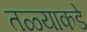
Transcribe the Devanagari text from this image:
तळ्याकडे